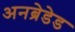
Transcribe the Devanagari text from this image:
अनब्रेडेड